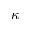
\kappa